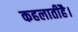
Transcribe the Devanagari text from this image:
कहलातीहै।